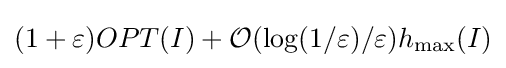
(1+\varepsilon )OPT(I)+{\mathcal {O}}(\log(1/\varepsilon )/\varepsilon )h_{\max }(I)